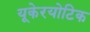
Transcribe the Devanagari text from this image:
यूकेरयोटिक